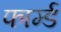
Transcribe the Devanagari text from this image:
फार्म्ड